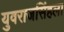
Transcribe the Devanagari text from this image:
युवराजसिंहला